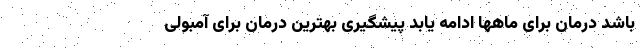
باشد درمان برای ماهها ادامه یابد پیشگیری بهترین درمان برای آمبولی